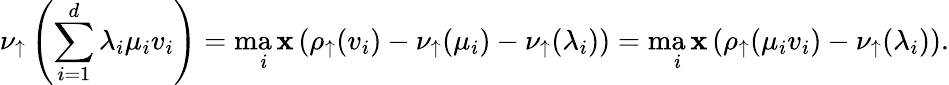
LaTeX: \nu_{\uparrow}\left(\sum_{i=1}^{d}\lambda_{i}\mu_{i}v_{i}\right)=\operatorname*{ma\mathbf{x}}_{i}\left(\rho_{\uparrow}(v_{i})-\nu_{\uparrow}(\mu_{i})-\nu_{\uparrow}(\lambda_{i})\right)=\operatorname*{ma\mathbf{x}}_{i}\left(\rho_{\uparrow}(\mu_{i}v_{i})-\nu_{\uparrow}(\lambda_{i})\right).